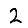
Digit: 2